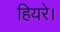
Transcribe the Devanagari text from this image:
हियरे।